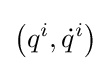
\left(q^{i},{\dot {q}}^{i}\right)